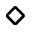
\diamond